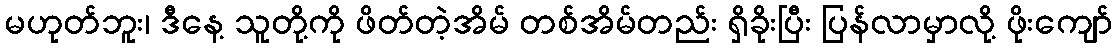
မဟုတ်ဘူး၊ ဒီနေ့ သူတို့ကို ဖိတ်တဲ့အိမ် တစ်အိမ်တည်း ရှိခိုးပြီး ပြန်လာမှာလို့ ဖိုးကျော်